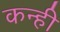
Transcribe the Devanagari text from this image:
कन्ही